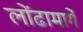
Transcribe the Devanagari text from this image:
लोंढामार्गे